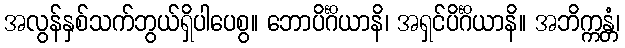
အလွန်နှစ်သက်ဘွယ်ရှိပါပေစွ။ ဘောပိင်္ဂိယာနိ၊ အရှင်ပိင်္ဂိယာနိ။ အဘိက္ကန္တံ၊